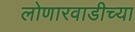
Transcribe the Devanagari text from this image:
लोणारवाडीच्या